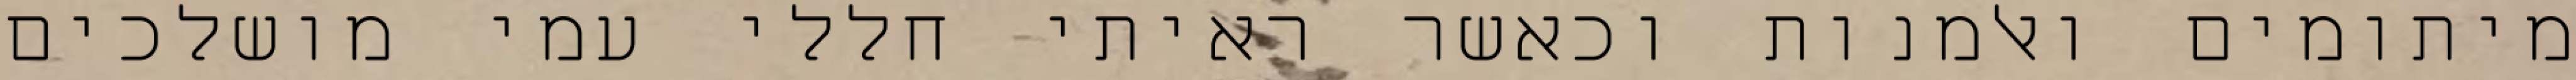
מיתומים ואלמנות וכאשר ראיתי חללי עמי מושלכים